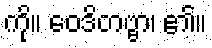
ကို။ ဝေဒိတဗ္ဗာ၊ ၏။